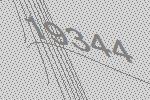
19344